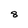
Character: 8